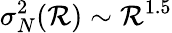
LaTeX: \sigma_{N}^{2}(\mathcal{R})\sim\mathcal{R}^{1.5}